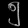
Digit: ၅